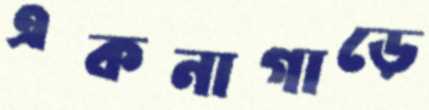
একনাগাড়ে